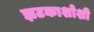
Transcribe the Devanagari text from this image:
झटकाशोशी